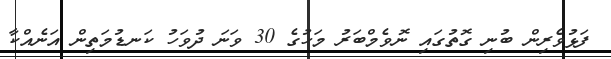
ފަޅުވެރިން ބުނި ގޮތުގައި ނޮވެމްބަރު މަހުގެ 30 ވަނަ ދުވަހު ކަނޑުމަތިން އަނެއްކާ